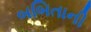
બબિતાની